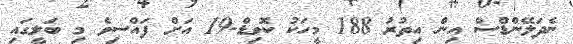
ނެދަލޭންޑްސް އިން އިތުރު 188 މީހަކު ކޮވިޑް-19 އަށް ފައްސިވެ މި ބަލީގައި